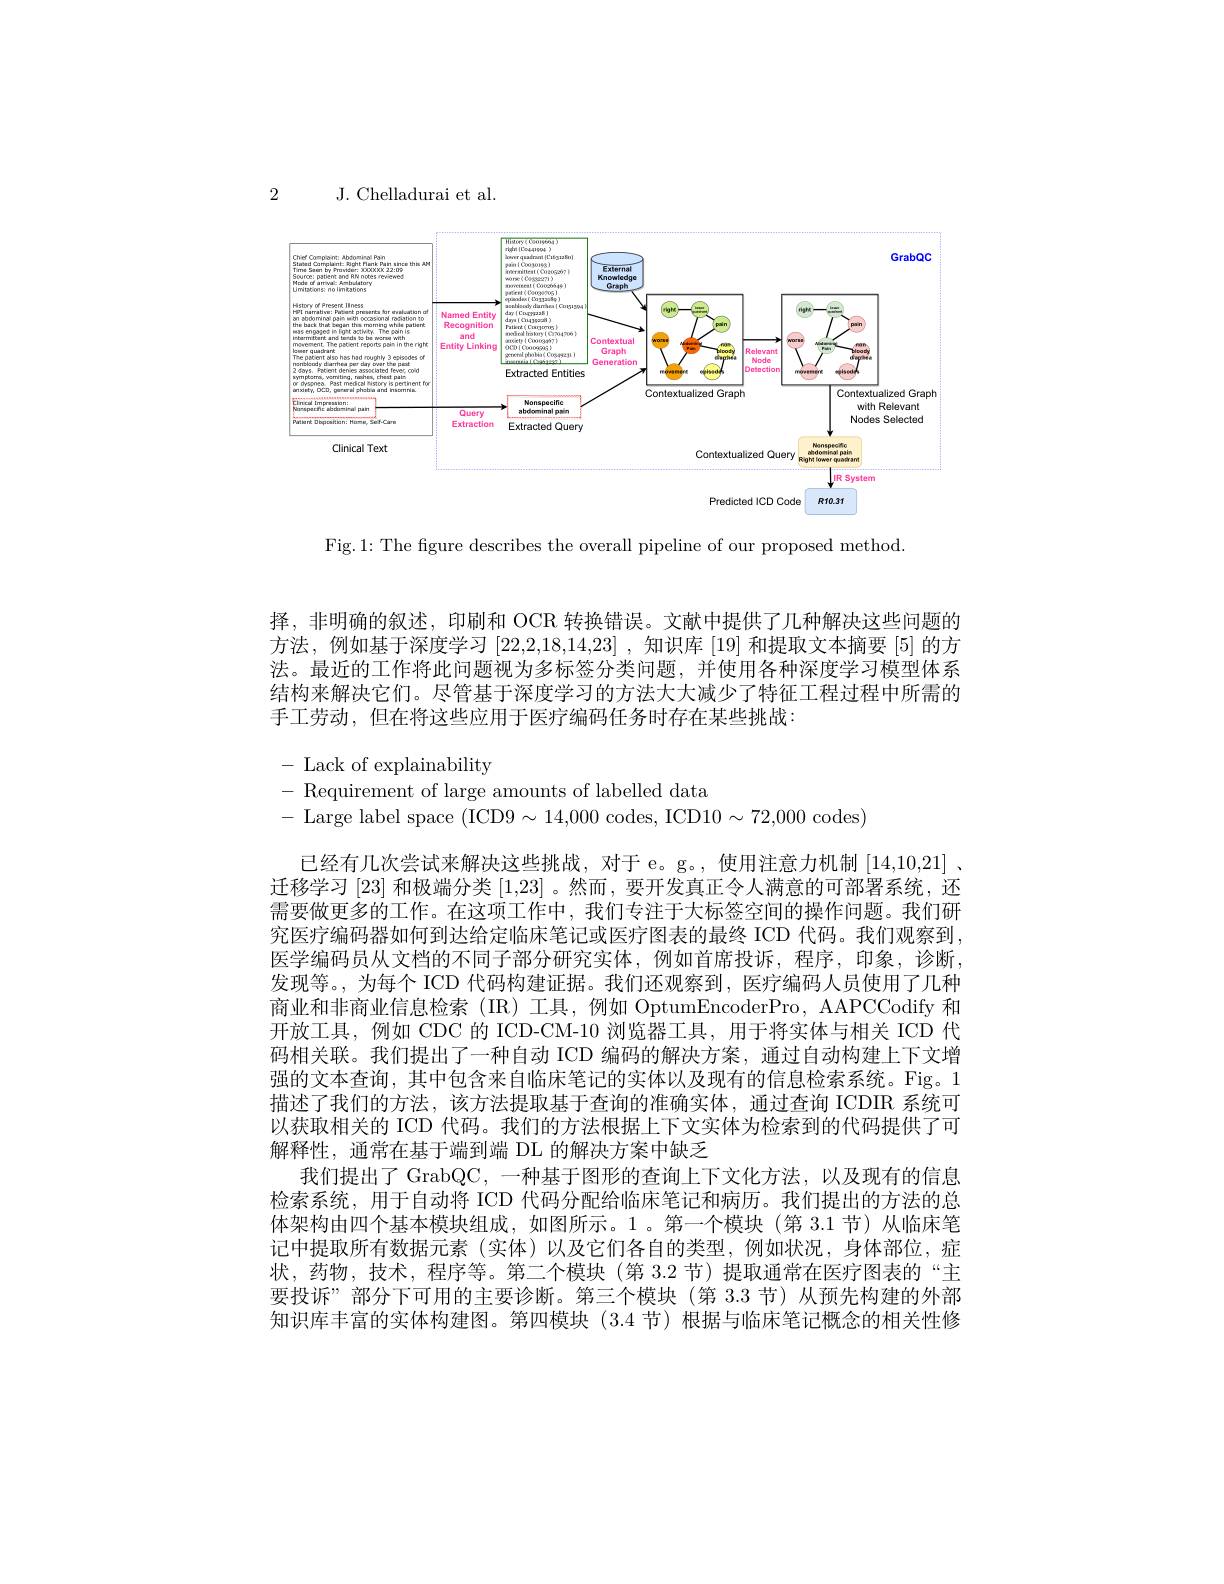
2

J. Chelladurai et al.

<FigureHere>

Fig.1: The figure describes the overall pipeline of our proposed method

择，非明确的叙述，印刷和 OCR 转换错误。文献中提供了几种解决这些问题的方法，例如基于深度学习[22,2,18,14,23] ,知识库 [19] 和提取文本摘要 [5] 的方法。最近的工作将此问题视为多标签分类问题，并使用各种深度学习模型体系结构来解决它们。尽管基于深度学习的方法大大减少了特征工程过程中所需的手工劳动，但在将这些应用于医疗编码任务时存在某些挑战：
$$\begin{aligned}&-\:\mathrm{Lack~of~explainability}\\&-\:\mathrm{Requirement~of~large~amounts~of~labelled~data}\\&-\:\mathrm{Large~label~space~(ICD9\sim14,000~codes,~ICD10\sim72,000~codes)}\end{aligned}$$
已经有几次尝试来解决这些挑战，对于 e。g。,使用注意力机制[14,10,21] 、 迁移学习[23]和极端分类[1,23] 。然而 , 要开发真正令人满意的可部署系统，还需要做更多的工作。在这项工作中，我们专注于大标签空间的操作问题。我们研究医疗编码器如何到达给定临床笔记或医疗图表的最终 ICD 代码。我们观察到， 医学编码员从文档的不同子部分研究实体，例如首席投诉，程序，印象，诊断， 发现等。,为每个 ICD 代码构建证据。我们还观察到，医疗编码人员使用了几种商业和非商业信息检索(IR)工具，例如 OptumEncoderPro, AAPCCodify 和开放工具，例如 CDC 的 ICD-CM-10 浏览器工具，用于将实体与相关 ICD 代码相关联。我们提出了一种自动 ICD 编码的解决方案，通过自动构建上下文增强的文本查询，其中包含来自临床笔记的实体以及现有的信息检索系统。Fig。1描述了我们的方法，该方法提取基于查询的准确实体，通过查询 ICDIR 系统可以获取相关的 ICD 代码。我们的方法根据上下文实体为检索到的代码提供了可解释性，通常在基于端到端 DL 的解决方案中缺乏
我们提出了 GrabQC, 一种基于图形的查询上下文化方法，以及现有的信息检索系统，用于自动将 ICD 代码分配给临床笔记和病历。我们提出的方法的总体架构由四个基本模块组成，如图所示。1。第一个模块(第 3.1 节)从临床笔记中提取所有数据元素(实体)以及它们各自的类型，例如状况，身体部位，症状，药物，技术，程序等。第二个模块(第 3.2节)提取通常在医疗图表的“主要投诉”部分下可用的主要诊断。第三个模块(第 3.3 节)从预先构建的外部知识库丰富的实体构建图。第四模块(3.4 节)根据与临床笔记概念的相关性修